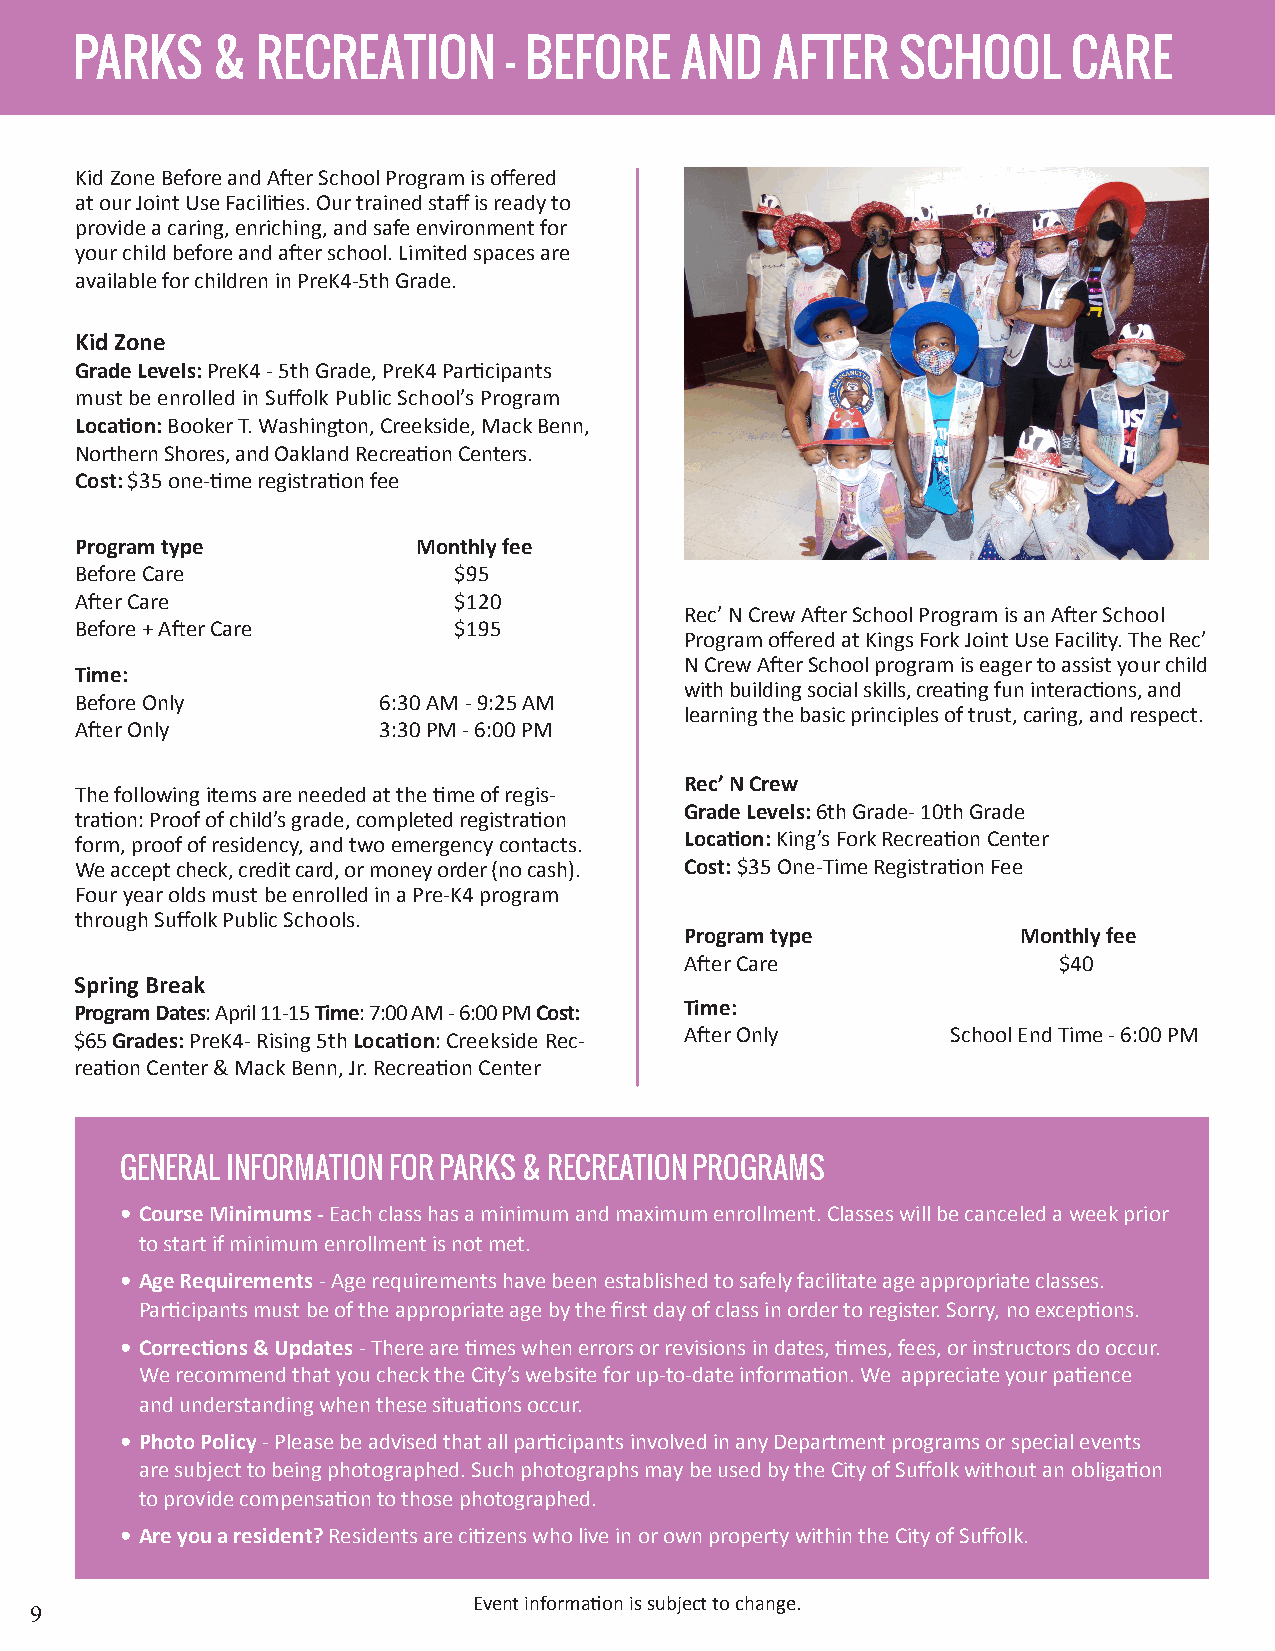
PARKS    &  RECREATION       - BEFORE   AND   AFTER    SCHOOL     CARE
 Kid Zone Before and After School Program is offered
 at our Joint Use Facilities. Our trained staff is ready to
 provide a caring, enriching, and safe environment for
 your child before and after school. Limited spaces are
 available for children in PreK4-5th Grade.
 Kid Zone
 Grade Levels: PreK4 - 5th Grade, PreK4 Participants
 must be enrolled in Suffolk Public School’s Program
 Location: Booker T. Washington, Creekside, Mack Benn,
 Northern Shores, and Oakland Recreation Centers.
 Cost: $35 one-time registration fee
 Program type           Monthly fee
 Before Care              $95
 After Care               $120
 Rec’ N Crew After School Program is an After School
 Before + After Care      $195
 Program offered at Kings Fork Joint Use Facility. The Rec’
 N Crew After School program is eager to assist your child
 Time:
 with building social skills, creating fun interactions, and
 Before Only         6:30 AM - 9:25 AM
 learning the basic principles of trust, caring, and respect.
 After Only          3:30 PM - 6:00 PM
 Rec’ N Crew
 The following items are needed at the time of regis-
 Grade Levels: 6th Grade- 10th Grade
 tration: Proof of child’s grade, completed registration
 form, proof of residency, and two emergency contacts. Location: King’s Fork Recreation Center
 We accept check, credit card, or money order (no cash). Cost: $35 One-Time Registration Fee
 Four year olds must be enrolled in a Pre-K4 program
 through Suffolk Public Schools.
 Program type           Monthly fee
 After Care               $40
 Spring Break
 Program Dates: April 11-15 Time: 7:00 AM - 6:00 PM Cost: Time:
 $65 Grades: PreK4- Rising 5th Location: Creekside Rec- After Only School End Time - 6:00 PM
 reation Center & Mack Benn, Jr. Recreation Center
 GENERAL INFORMATION FOR PARKS & RECREATION PROGRAMS
 • Course Minimums - Each class has a minimum and maximum enrollment. Classes will be canceled a week prior
 to start if minimum enrollment is not met.
 • Age Requirements - Age requirements have been established to safely facilitate age appropriate classes.
 Participants must be of the appropriate age by the first day of class in order to register. Sorry, no exceptions.
 • Corrections & Updates - There are times when errors or revisions in dates, times, fees, or instructors do occur.
 We recommend that you check the City’s website for up-to-date information. We appreciate your patience
 and understanding when these situations occur.
 • Photo Policy - Please be advised that all participants involved in any Department programs or special events
 are subject to being photographed. Such photographs may be used by the City of Suffolk without an obligation
 to provide compensation to those photographed.
 • Are you a resident? Residents are citizens who live in or own property within the City of Suffolk.
 Event information is subject to change.
 9